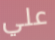
علي